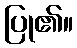
ပြု၏။